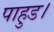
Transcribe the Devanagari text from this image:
पाहुड।